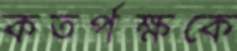
কতর্পক্ষকে